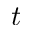
t